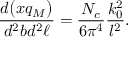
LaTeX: { \frac { d \big ( x q _ { M } \big ) } { d ^ { 2 } b d ^ { 2 } \ell } } = { \frac { N _ { c } } { 6 \pi ^ { 4 } } } \frac { k _ { 0 } ^ { 2 } } { l ^ { 2 } } .